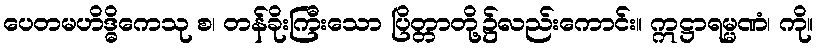
ပေတမဟိဒ္ဓိကေသု စ၊ တန်ခိုးကြီးသော ပြိတ္တာတို့၌လည်းကောင်း။ ဣဋ္ဌာရမ္မဏံ၊ ကို။